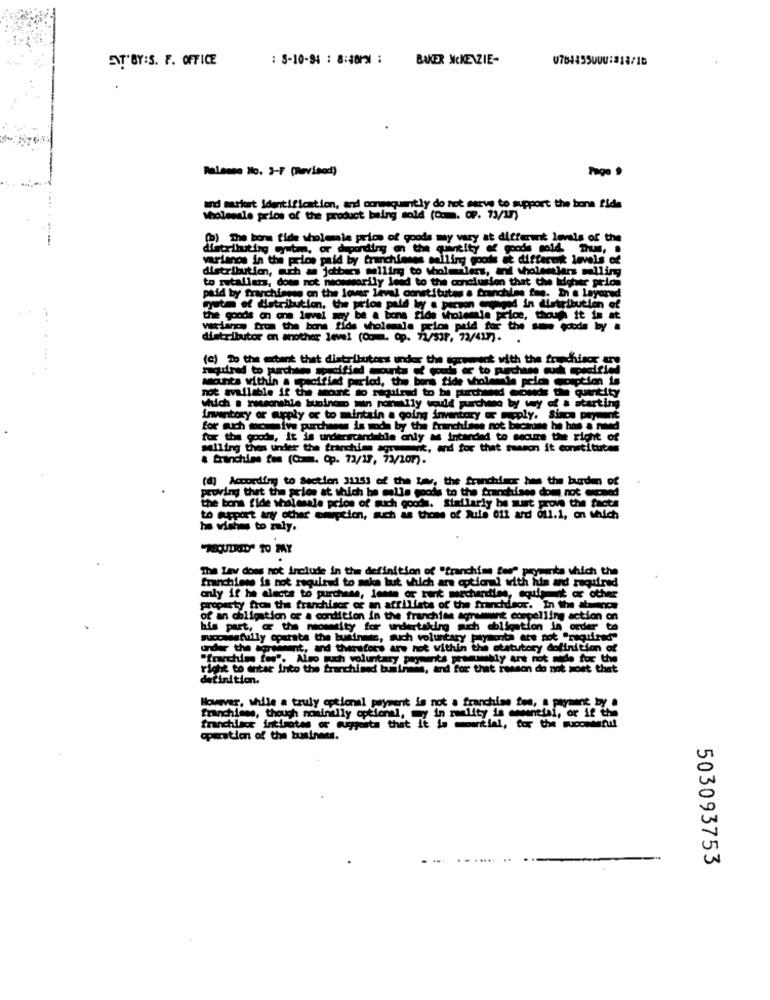
AT'BY:S. F. OFFICE
: S-10-94 : 8:381% :
BAKER MCKENZIE-
Talense No. 3-F (Rwvinod)
and murfort identification, and consequently do not serve to support the bona fide
wholesale price of the product being sold (Com. OP. 73/17)
(b) The bors fide wholesale price of goods may vary at different levels of the
distributing cyutm, or deponding on the quantity of goods sold, Thus,
varianos in the price paid by franchieses selling goods ge different levels of
distribution, ach a jotbers mulling to Molmaler, and wholesalers malling
to retallara, does not necessarily lead to the conclusion that the Iusher prion
paid by franchisees on the lower level constitutes a franchies fee. In a layered
este of distribution, the prios pald by a person wronged in distribution of
the goods on one level may be a bona fide wholesale price, though it in at
Variance from the bona fide wholesale price paid for the sun goods by a
distributor an another level (Comm. Op. 72/53P, 73/417).
(c) To the extent that distributors under the sawwant with the franchisor er
quired to purchase modified cats of wod « to purchase ou pedfind
Mounts within a specified period, the bons tide wholesale pcich comption is
not available if the mount so mugilead to be purchased conde the quantity
which a rawsonshle buninano min nonmally would purchase by wy of a starting
Inventory or apply or to mintain a going inventory or meply. Siace payment
for auch tive purchases is sode by the franchise
nchloes not bicaune he has a rowtd
for the goods, it is understandable only as intended to secure the right of
salling then under the franchise agreement, and for that reason it constitutes
& tranchins tos (C.m. Op. 73/17, 73/201).
(@] According to Section 31353 of the Law, the franchiser bes the baarden of
proving that the price at which he malle goods to the franchises dom not exceed
the bons fide wholesale price of Rich goods. Siadlarly be surt prove the facts
to Report any other orption, such as those of Aute off and oll.1, on which
he wishes to maly.
"REQUIRED" TO MAY
The Lav does not include in the definition of "franchise fes" prymemta which the
franchless is not required to make but which are optional with hin and required
only if he elects to purchase, lense or runt mercharles, equipment or other
property from the franchisor of an affiliate of the franchdeor. In the annoe
of an obligation or a condition in the franchise anumune compelling action on
bis part, @ the neomeity for undertaking much obligation in order
successfully operate the business, such voluntary payments are not "required"
under the apraiment, and therefore are not within the statutory definition of
"franchise fos". Algo tech voluntary payments prammebly ant not made for the
right to enter Into the franchised business, and for that reason do not wont that
definition.
However, while a truly optional payment is not a franchise fos, a payment by a
franchises, though nominally optional, y in reality is emential, or if this
franchisor intiantes or suggests that it is montial, for the successful
operation of the business.
.....
503093753